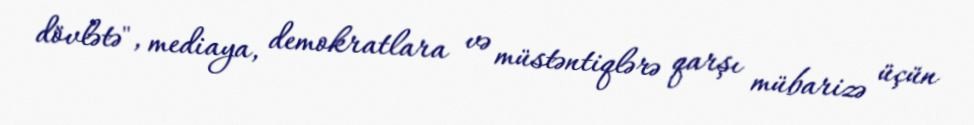
dövlətə", mediaya, demokratlara və müstəntiqlərə qarşı mübarizə üçün